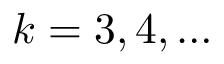
k = 3 , 4 , \dots